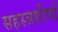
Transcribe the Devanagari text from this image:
सहस्त्रशीर्षा